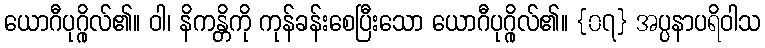
ယောဂီပုဂ္ဂိုလ်၏။ ဝါ၊ နိကန္တိကို ကုန်ခန်းစေပြီးသော ယောဂီပုဂ္ဂိုလ်၏။ {၀၇} အပ္ပနာပရိဝါသ